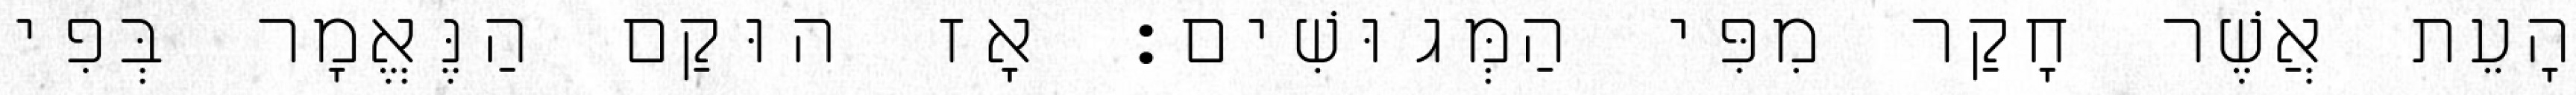
הָעֵת אֲשֶׁר חָקַר מִפִּי הַמְּגוּשִׁים׃ אָז הוּקַם הַנֶּאֱמָר בְּפִי